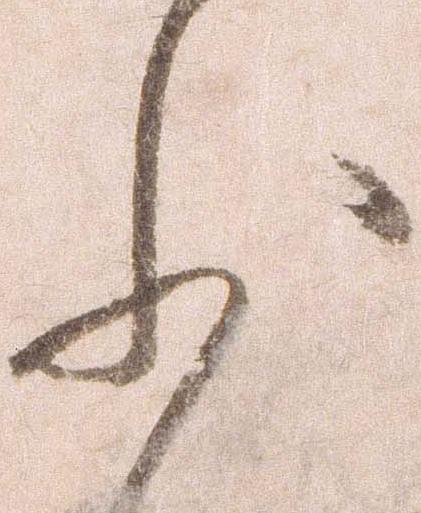
沙